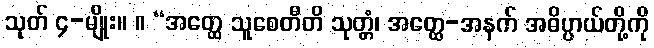
သုတ် ၄-မျိုး။ ။ “အတ္ထေ သူစေတီတိ သုတ္တံ၊ အတ္ထေ-အနက် အဓိပ္ပာယ်တို့ကို